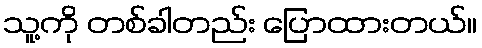
သူ့ကို တစ်ခါတည်း ပြောထားတယ်။